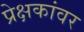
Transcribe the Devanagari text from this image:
प्रेक्षकांवर